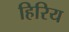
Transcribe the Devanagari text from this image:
हिरिय